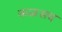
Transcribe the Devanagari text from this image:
कळसच